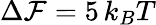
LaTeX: \Delta{\cal F}=5\, k_{B}T